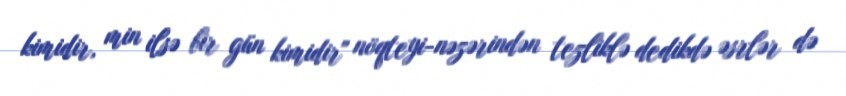
kimidir, min ilsə bir gün kimidir" nöqteyi-nəzərindən tezliklə dedikdə əsrlər də